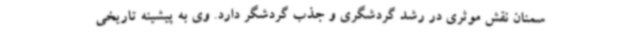
سمنان نقش موثری در رشد گردشگری و جذب گردشگر دارد. وی به پیشینه تاریخی